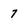
Character: 7